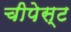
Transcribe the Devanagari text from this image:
चीपेस्ट